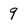
Character: 9